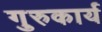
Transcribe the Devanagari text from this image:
गुरुकार्य